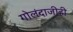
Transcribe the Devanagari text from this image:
गोलंदाजीही